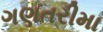
ગણતરીમા